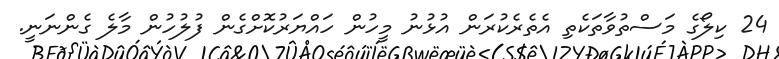
24 ކިލޯގެ މަސްތުވާތަކެތި އެތެރެކުރަން އުޅުނު މީހުން ހައްޔަރުކޮށްގެން ފުލުހުން މާލެ ގެންނަނީ.